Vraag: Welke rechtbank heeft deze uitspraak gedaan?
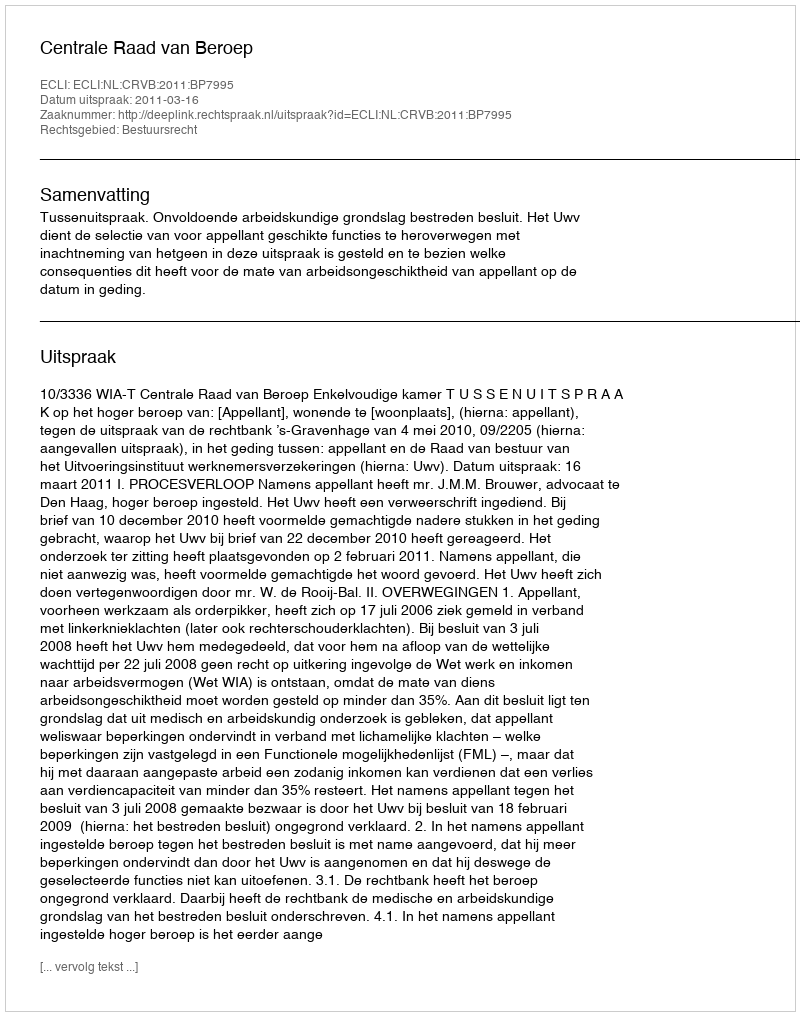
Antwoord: Centrale Raad van Beroep